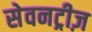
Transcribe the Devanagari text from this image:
सेवनट्रीज़